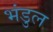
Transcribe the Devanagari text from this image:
भंडुल